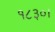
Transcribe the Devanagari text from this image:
१८३०।